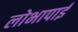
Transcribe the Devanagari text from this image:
लोभापाई